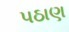
પઠાણ